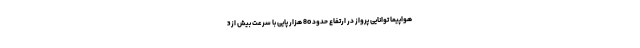
هواپیما توانایی پرواز در ارتفاع حدود 80 هزار پایی با سرعت بیش از 3